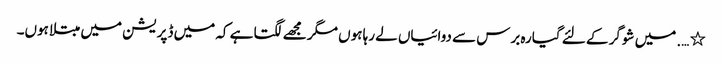
٭ …. میں شوگر کے لئے گیارہ برس سے دوائیاں لے رہا ہوں مگر مجھے لگتا ہے کہ میں ڈپریشن میں مبتلاہوں۔